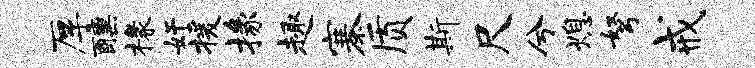
厚醺椽奸援掾趣寨质斯尺兮熄弩戒